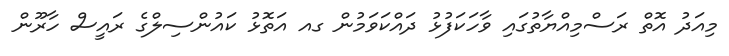
މިއަދު އޮތް ރަސްމިއްޔާތުގައި ވާހަކަފުޅު ދައްކަވަމުން ގއ އަތޮޅު ކައުންސިލްގެ ރައީސް ހާރޫން